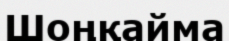
Шоңқайма